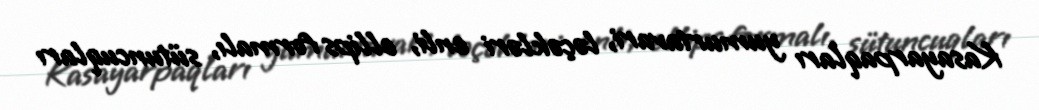
Kasayarpaqları yumurtavari, ləçəkləri enli, ellips formalı, sütuncuqları